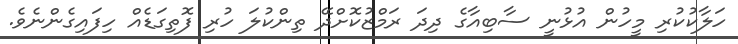
ހަލާކުކުރި މީހުން އުޅުނީ ސާބިއާގެ ދިދަ ރަމްޒުކޮށްދޭ ތިންކުލަ ހުރި ފޮތިގަޑެއް ހިފައިގެންނެވެ.